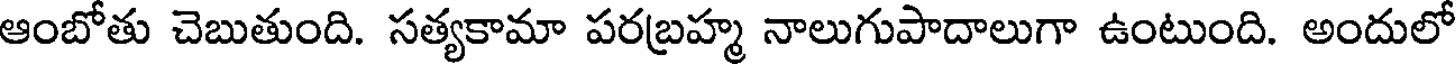
ఆంబోతు చెబుతుంది. సత్యకామా పరబ్రహ్మ నాలుగుపాదాలుగా ఉంటుంది. అందులో